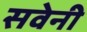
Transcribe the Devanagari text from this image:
सवेनी